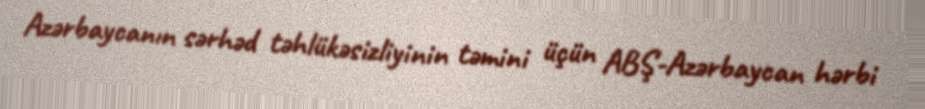
Azərbaycanın sərhəd təhlükəsizliyinin təmini üçün ABŞ-Azərbaycan hərbi